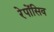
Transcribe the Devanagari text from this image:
रेपोंसिव